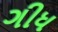
ગીધ